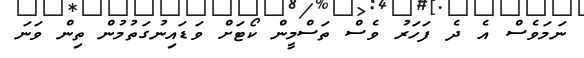
ނަމަވެސް އެ ދެ ފަހަރު ވެސް ތަސްމީން ކޯޓަށް ވަޑައިނުގަތުމުން ތިން ވަނަ